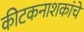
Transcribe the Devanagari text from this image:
कीटकनाशकांचे